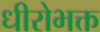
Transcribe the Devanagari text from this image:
धीरोभक्त